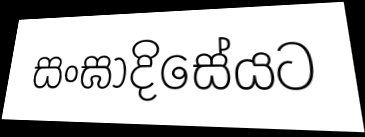
සංඝාදිසේයට